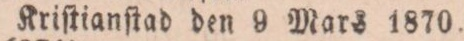
Kriſtianſtad den 9 Mars 1870.